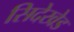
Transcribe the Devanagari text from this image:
सिदेखेड